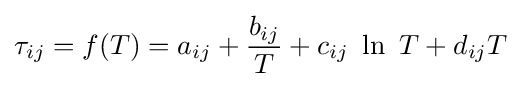
\tau _{ij}=f(T)=a_{ij}+{\frac {b_{ij}}{T}}+c_{ij}\ \ln \ T+d_{ij}T